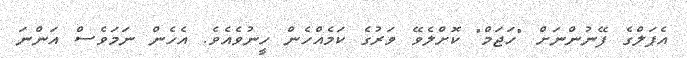
އެޕަލްގެ ފޭނުންނަށް "ހަޖަމް" ކޮށްލެވޭ ވަރުގެ ކަމެއްހެން ހީނުވެއެވެ. އެހެން ނަމަވެސް އަންނަ